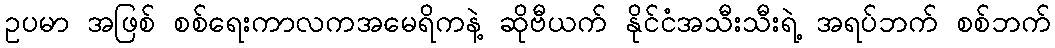
ဥပမာ အဖြစ် စစ်ရေးကာလကအမေရိကနဲ့ ဆိုဗီယက် နိုင်ငံအသီးသီးရဲ့ အရပ်ဘက် စစ်ဘက်